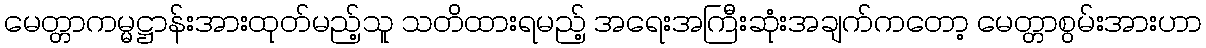
မေတ္တာကမ္မဋ္ဌာန်းအားထုတ်မည့်သူ သတိထားရမည့် အရေးအကြီးဆုံးအချက်ကတော့ မေတ္တာစွမ်းအားဟာ